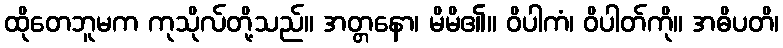
ထိုတေဘူမက ကုသိုလ်တို့သည်။ အတ္တနော၊ မိမိ၏။ ဝိပါကံ၊ ဝိပါတ်ကို။ အဓိပတိ၊